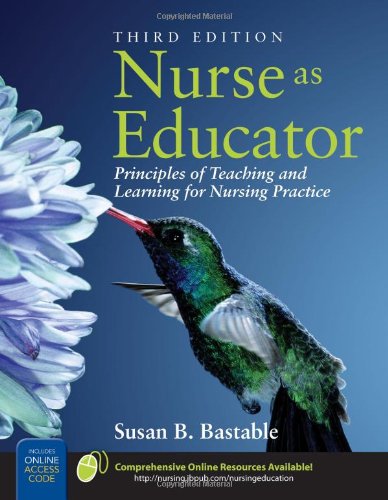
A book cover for Nurse As Educator: Principles of Teaching and Learning for Nursing Practice; Susan B. Bastable; Medical Books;